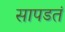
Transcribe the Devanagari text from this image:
सापडतं